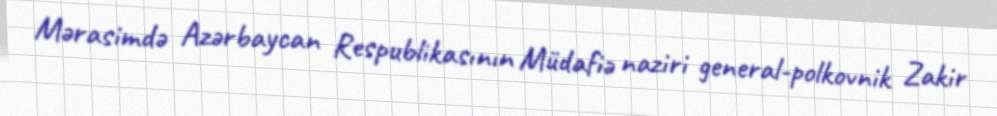
Mərasimdə Azərbaycan Respublikasının Müdafiə naziri general-polkovnik Zakir